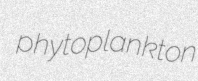
phytoplankton